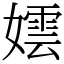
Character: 𡢅